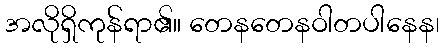
အလိုရှိကုန်ရာ၏။ တေနတေနဝါတပါနေန၊